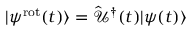
| \psi ^ { \mathrm { r o t } } ( t ) \rangle = \hat { \mathcal { U } } ^ { \dagger } ( t ) | \psi ( t ) \rangle